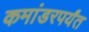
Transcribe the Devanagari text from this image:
कमांडरपर्यंत